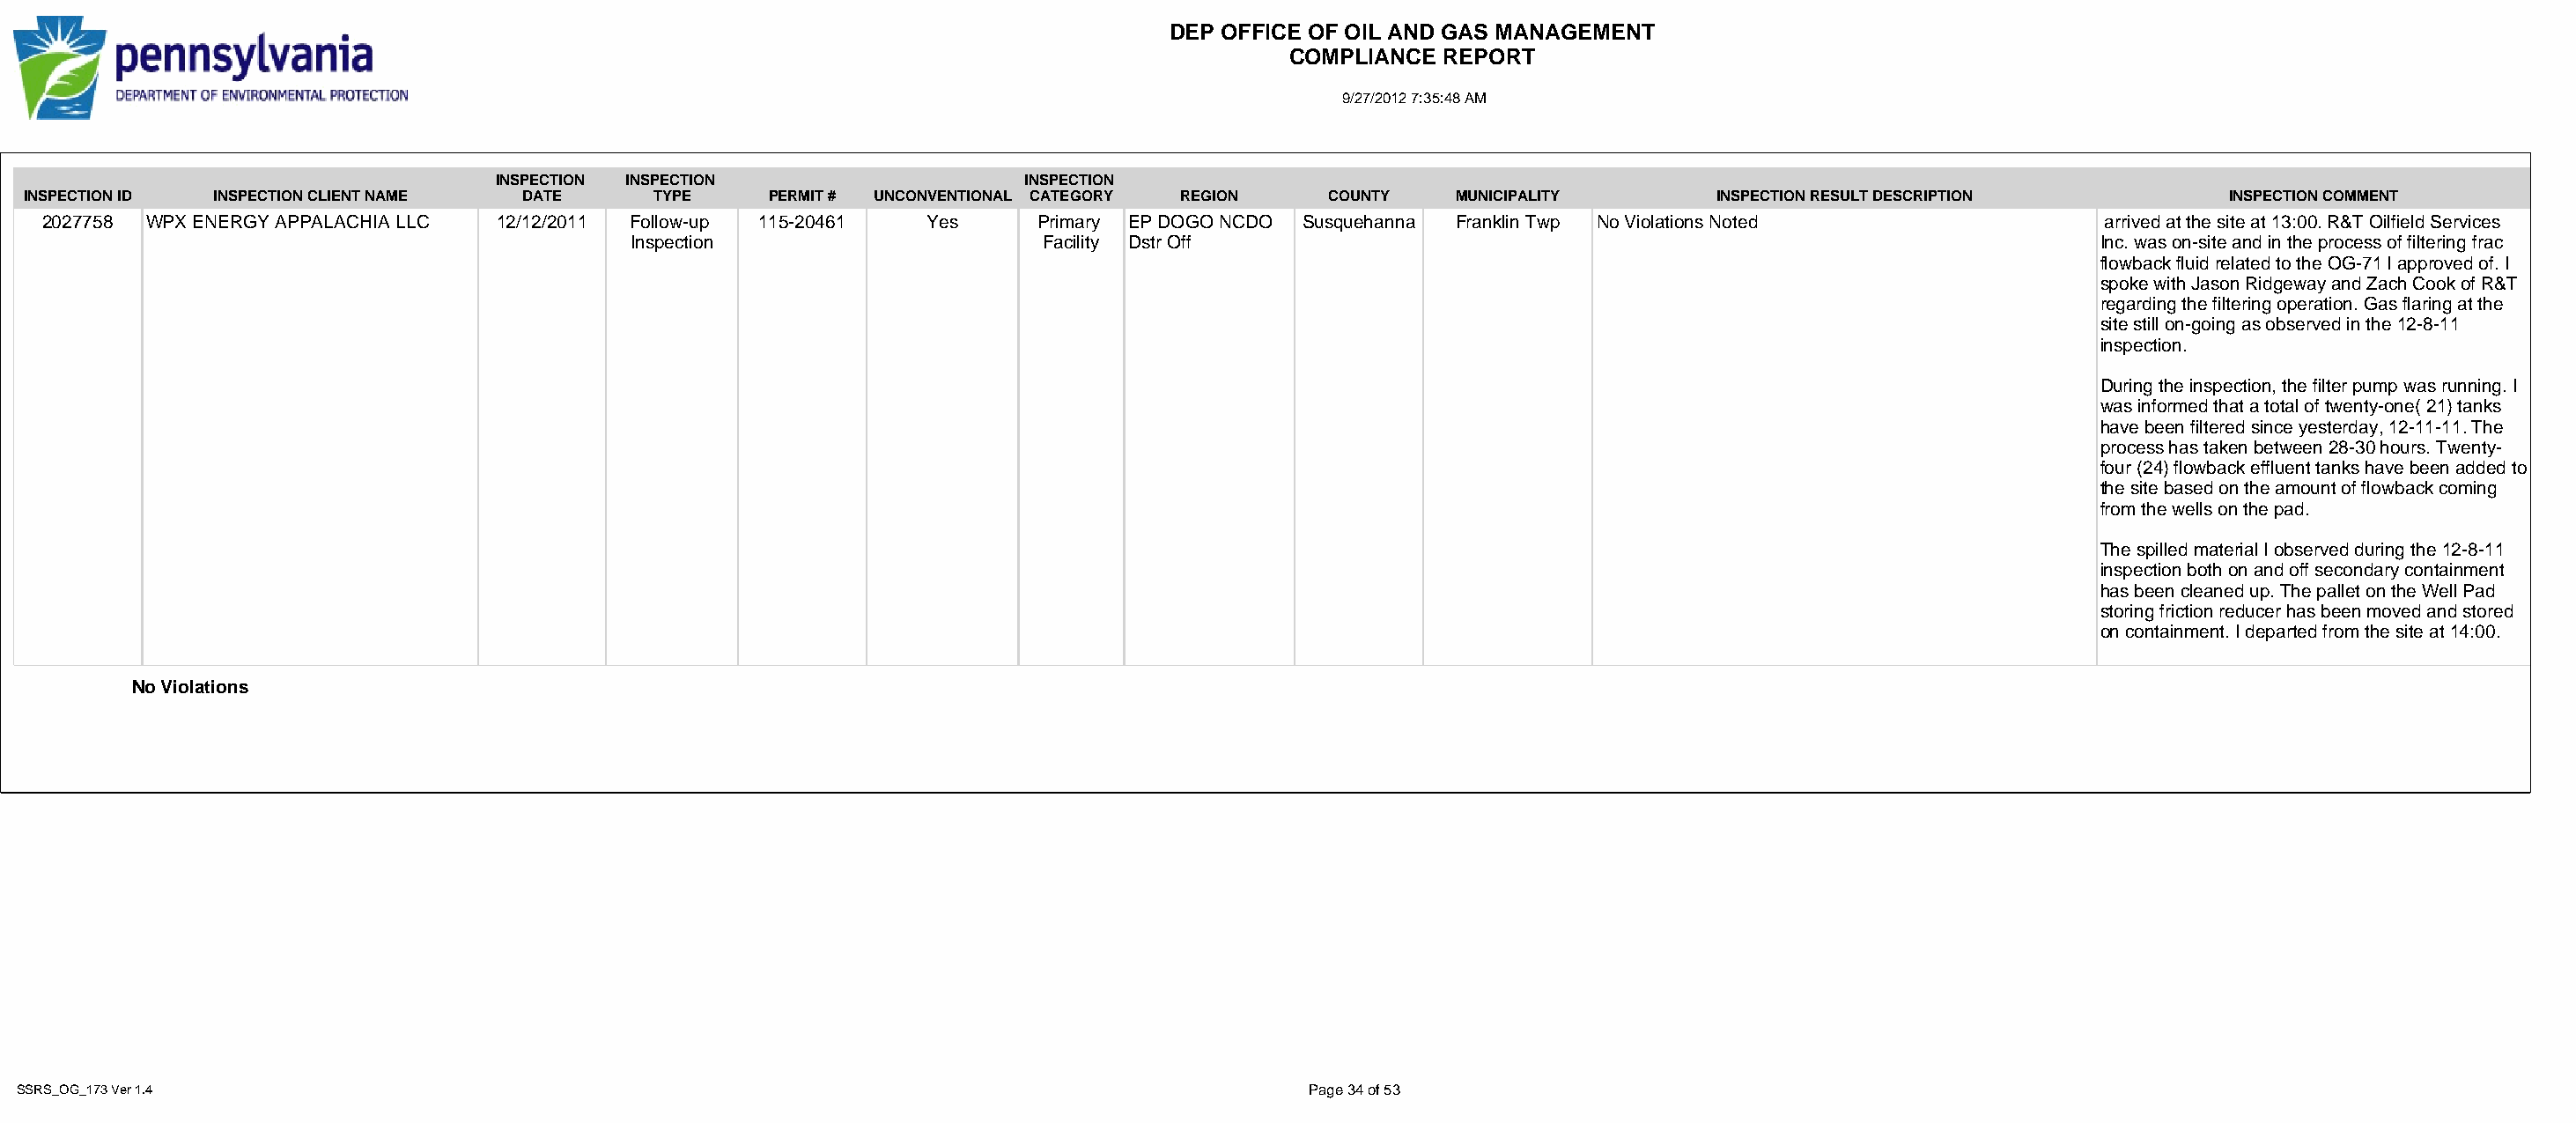
DEP OFFICE OF OIL AND GAS MANAGEMENT
 COMPLIANCE  REPORT
 9/27/2012 7:35:48 AM
 INSPECTION INSPECTION                   INSPECTION
 INSPECTION ID INSPECTION CLIENT NAME DATE      TYPE     PERMIT # UNCONVENTIONAL CATEGORY REGION   COUNTY   MUNICIPALITY        INSPECTION RESULT DESCRIPTION          INSPECTION COMMENT
 2027758 WPX ENERGY APPALACHIA LLC 12/12/2011 Follow-up 115-20461   Yes     Primary EP DOGO NCDO Susquehanna Franklin Twp No Violations Noted               arrived at the site at 13:00. R&T Oilfield Services
 Inspection                     Facility Dstr Off                                                               Inc. was on-site and in the process of filtering frac
 flowback fluid related to the OG-71 I approved of. I
 spoke with Jason Ridgeway and Zach Cook of R&T
 regarding the filtering operation. Gas flaring at the
 site still on-going as observed in the 12-8-11
 inspection.
 During the inspection, the filter pump was running. I
 was informed that a total of twenty-one( 21) tanks
 have been filtered since yesterday, 12-11-11. The
 process has taken between 28-30 hours. Twenty-
 four (24) flowback effluent tanks have been added to
 the site based on the amount of flowback coming
 from the wells on the pad.
 The spilled material I observed during the 12-8-11
 inspection both on and off secondary containment
 has been cleaned up. The pallet on the Well Pad
 storing friction reducer has been moved and stored
 on containment. I departed from the site at 14:00.
 No Violations
 SSRS_OG_173 Ver 1.4                                                                              Page 34 of 53